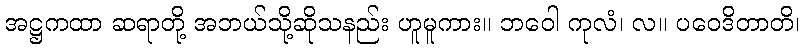
အဋ္ဌကထာ ဆရာတို့ အဘယ်သို့ဆိုသနည်း ဟူမူကား။ ဘဝေါ ကုလံ၊ လ။ ပဝေဒိတာတိ၊